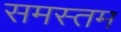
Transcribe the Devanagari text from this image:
समस्तम